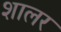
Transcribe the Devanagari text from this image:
शालर